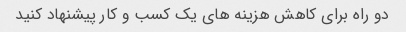
دو راه برای کاهش هزینه های یک کسب و کار پیشنهاد کنید